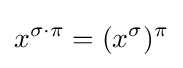
x^{\sigma \cdot \pi }=(x^{\sigma })^{\pi }